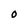
Character: O